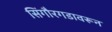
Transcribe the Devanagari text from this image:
सिंगौरगडावरून